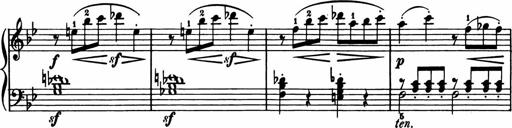
Title: 11 Sonatinas for Piano Solo
Composer: Anton Diabelli